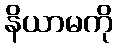
နိယာမကို